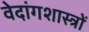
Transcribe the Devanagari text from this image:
वेदांगशास्त्रों